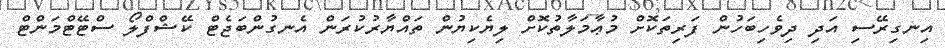
އިނގިރޭސި އަދި ދިވެހިބަހުން ފަރިތަކޮށް މުޢާމަލާތުކޮށް ލިޔެކިޔުން ތައްޔާރުކުރަން އެނގުންބަޖެޓް ކޭޝްފްލޯ ސްޓޭޓްމަންޓް